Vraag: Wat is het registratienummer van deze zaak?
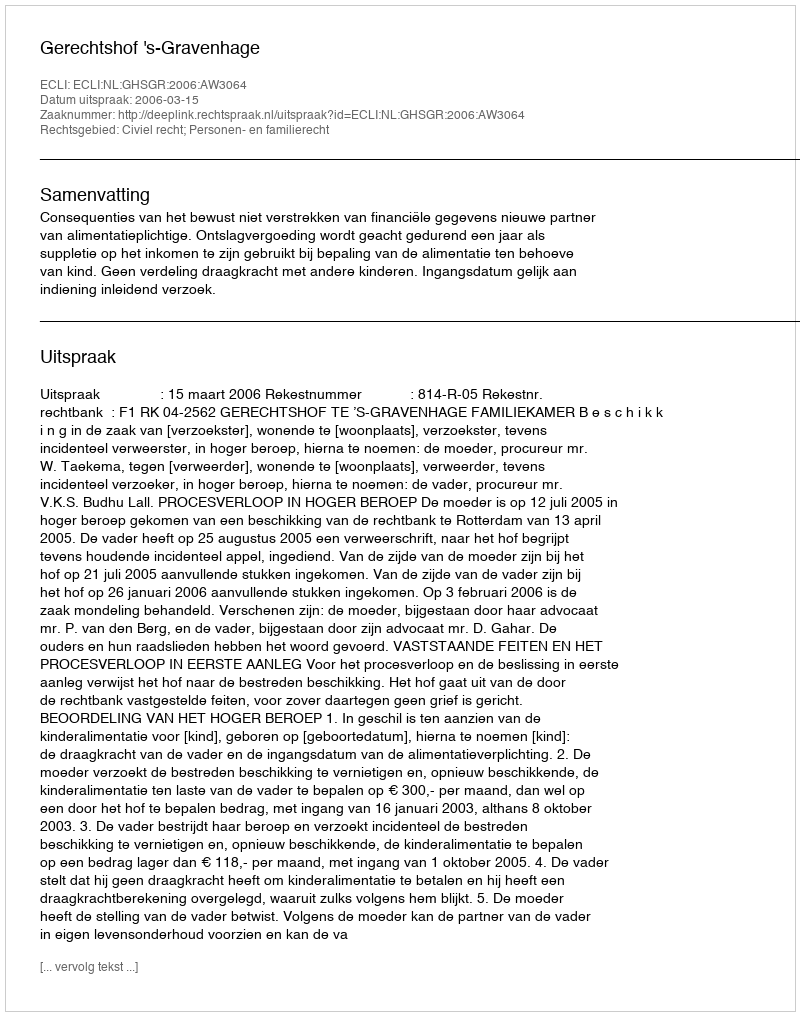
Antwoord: http://deeplink.rechtspraak.nl/uitspraak?id=ECLI:NL:GHSGR:2006:AW3064